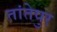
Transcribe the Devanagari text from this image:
तांतेपुर